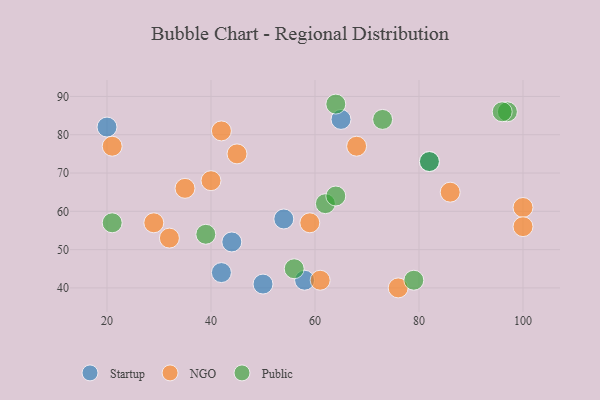
{"axis": {"x": "GDP", "y": "Life Expectancy"}, "legend": ["NGO", "Public", "Startup"], "data": [{"x": "20", "y": 82, "type": "Startup"}, {"x": "82", "y": 73, "type": "Startup"}, {"x": "58", "y": 42, "type": "Startup"}, {"x": "42", "y": 44, "type": "Startup"}, {"x": "54", "y": 58, "type": "Startup"}, {"x": "50", "y": 41, "type": "Startup"}, {"x": "44", "y": 52, "type": "Startup"}, {"x": "65", "y": 84, "type": "Startup"}, {"x": "42", "y": 81, "type": "NGO"}, {"x": "76", "y": 40, "type": "NGO"}, {"x": "68", "y": 77, "type": "NGO"}, {"x": "29", "y": 57, "type": "NGO"}, {"x": "86", "y": 65, "type": "NGO"}, {"x": "59", "y": 57, "type": "NGO"}, {"x": "100", "y": 61, "type": "NGO"}, {"x": "100", "y": 56, "type": "NGO"}, {"x": "35", "y": 66, "type": "NGO"}, {"x": "32", "y": 53, "type": "NGO"}, {"x": "21", "y": 77, "type": "NGO"}, {"x": "45", "y": 75, "type": "NGO"}, {"x": "61", "y": 42, "type": "NGO"}, {"x": "40", "y": 68, "type": "NGO"}, {"x": "62", "y": 62, "type": "Public"}, {"x": "64", "y": 64, "type": "Public"}, {"x": "79", "y": 42, "type": "Public"}, {"x": "56", "y": 45, "type": "Public"}, {"x": "82", "y": 73, "type": "Public"}, {"x": "97", "y": 86, "type": "Public"}, {"x": "96", "y": 86, "type": "Public"}, {"x": "73", "y": 84, "type": "Public"}, {"x": "39", "y": 54, "type": "Public"}, {"x": "64", "y": 88, "type": "Public"}, {"x": "21", "y": 57, "type": "Public"}]}